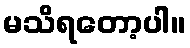
မသိရတော့ပါ။